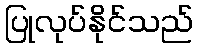
ပြုလုပ်နိုင်သည်